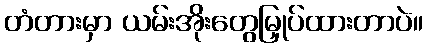
တံတားမှာ ယမ်းအိုးတွေမြှုပ်ထားတာပဲ။